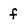
Character: f